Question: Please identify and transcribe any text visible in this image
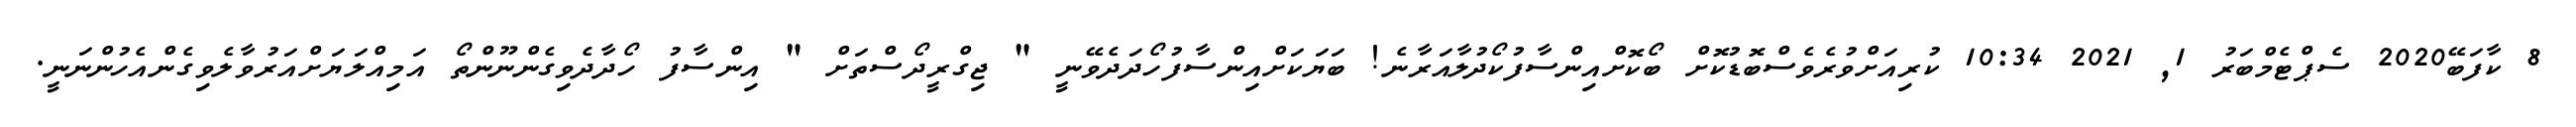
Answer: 8 ކާފަބޭ2020 ސެޕްޓެމްބަރު 1, 2021 10:34 ކުރިއަށްވުރެވެސްބޮޑުކޮށް ބޯކޮށްއިންސާފުކޯދުލާއަރާނެ! ބަޔަކަށްއިންސާފުހޯދަދެވޭނީ " ޖިގްރީދޯސްތަށް " އިންސާފު ހޯދާދެވިގެންނޫންތޯ އަމިއްލަޔަށްއަރުވާލެވިގެންއެހުންނަނީ.